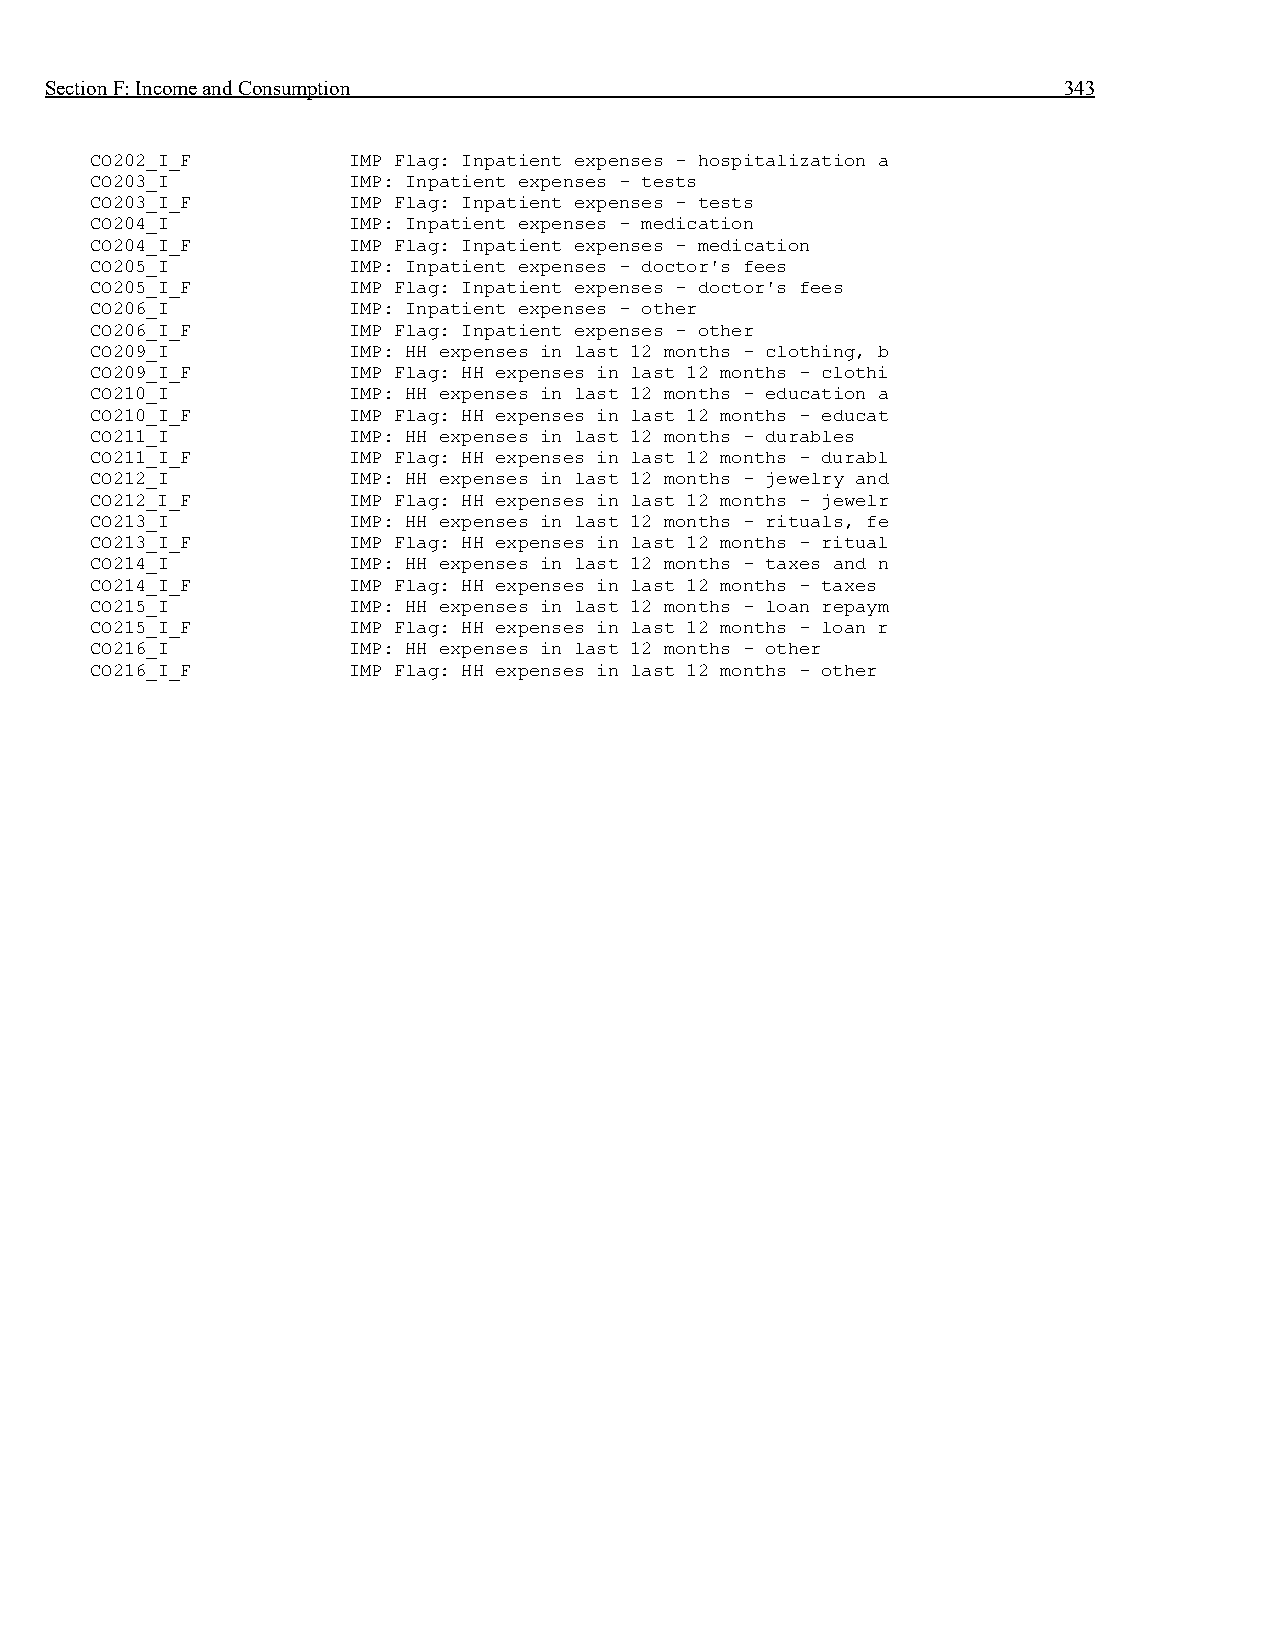
Section F: Income and Consumption                                  343
 CO202_I_F        IMP Flag: Inpatient expenses - hospitalization a
 CO203_I          IMP: Inpatient expenses - tests
 CO203_I_F        IMP Flag: Inpatient expenses - tests
 CO204_I          IMP: Inpatient expenses - medication
 CO204_I_F        IMP Flag: Inpatient expenses - medication
 CO205_I          IMP: Inpatient expenses - doctor's fees
 CO205_I_F        IMP Flag: Inpatient expenses - doctor's fees
 CO206_I          IMP: Inpatient expenses - other
 CO206_I_F        IMP Flag: Inpatient expenses - other
 CO209_I          IMP: HH expenses in last 12 months - clothing, b
 CO209_I_F        IMP Flag: HH expenses in last 12 months - clothi
 CO210_I          IMP: HH expenses in last 12 months - education a
 CO210_I_F        IMP Flag: HH expenses in last 12 months - educat
 CO211_I          IMP: HH expenses in last 12 months - durables
 CO211_I_F        IMP Flag: HH expenses in last 12 months - durabl
 CO212_I          IMP: HH expenses in last 12 months - jewelry and
 CO212_I_F        IMP Flag: HH expenses in last 12 months - jewelr
 CO213_I          IMP: HH expenses in last 12 months - rituals, fe
 CO213_I_F        IMP Flag: HH expenses in last 12 months - ritual
 CO214_I          IMP: HH expenses in last 12 months - taxes and n
 CO214_I_F        IMP Flag: HH expenses in last 12 months - taxes
 CO215_I          IMP: HH expenses in last 12 months - loan repaym
 CO215_I_F        IMP Flag: HH expenses in last 12 months - loan r
 CO216_I          IMP: HH expenses in last 12 months - other
 CO216_I_F        IMP Flag: HH expenses in last 12 months - other